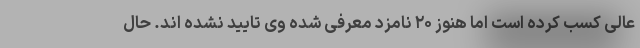
عالی کسب کرده است اما هنوز ۲۰ نامزد معرفی شده وی تایید نشده اند. حال